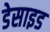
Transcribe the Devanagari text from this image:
डेसाइड